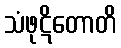
သံဖုဋိတောတိ